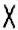
X